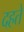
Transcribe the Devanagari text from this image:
दहते